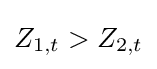
Z_{1,t}>Z_{2,t}